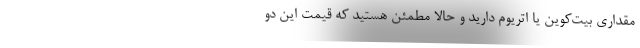
مقداری بیت‌کوین یا اتریوم دارید و حالا مطمئن هستید که قیمت این دو